Vaccination in Burma 1900-1911 - 1900-1911
Year: 1900
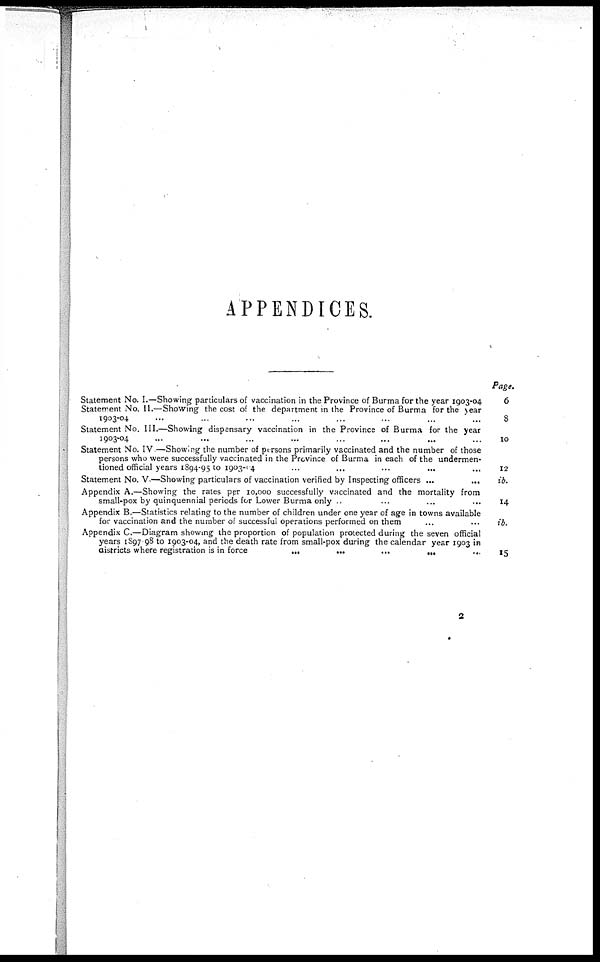
APPENDICES.
Statement No. I.—Showing particulars of vaccination in the Province of Burma for the year 1903-04
Statement No.II.—Showing the cost of the department in the Province of Burma for the year
1903-04
...
...
...
...
...
...
Statement No. III.—Showing dispensary vaccination in the Province of Burma for the year
1903-04 ... ... ... ... ... ... ...
Statement No. IV.—Showing the number of persons primarily vaccinated and the number of those
persons who were successfully vaccinated in the Province of Burma in each of the undermen-
tioned official years 1894-95 to 1903-04 ... ... ... ... ...
Statement No. V.—Showing particulars of vaccination verified by Inspecting officers ...
...
Appendix A.—Showing the rates per 10,000 successfully vaccinated and the mortality from
small-pox by quinquennial periods for Lower Burma only ... ... ... ... ... ...
Appendix B.—Statistics relating to the number of children under one year of age in towns available
for vaccination and the number of successful operations performed on them ... ... ... ... ...
Appendix C.—Diagram showing the proportion of population protected during the seven official
years 1897-98 to 1903-04, and the death rate from small-pox during the calendar year 1903 in
districts where registration is in force
...
...
...
...
...
...
Page.
6
8
10
12
ib.
14
ib.
15
2